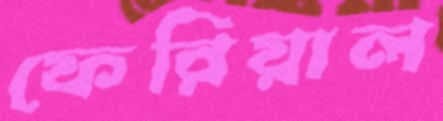
ফেরিয়াল